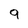
Character: 9